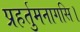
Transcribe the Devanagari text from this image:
प्रहर्तुमनागसि।